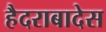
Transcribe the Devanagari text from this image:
हैदराबादेस